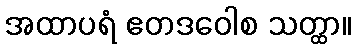
အထာပရံ ဧတဒဝေါစ သတ္ထာ။